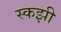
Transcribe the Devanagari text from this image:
स्कझी